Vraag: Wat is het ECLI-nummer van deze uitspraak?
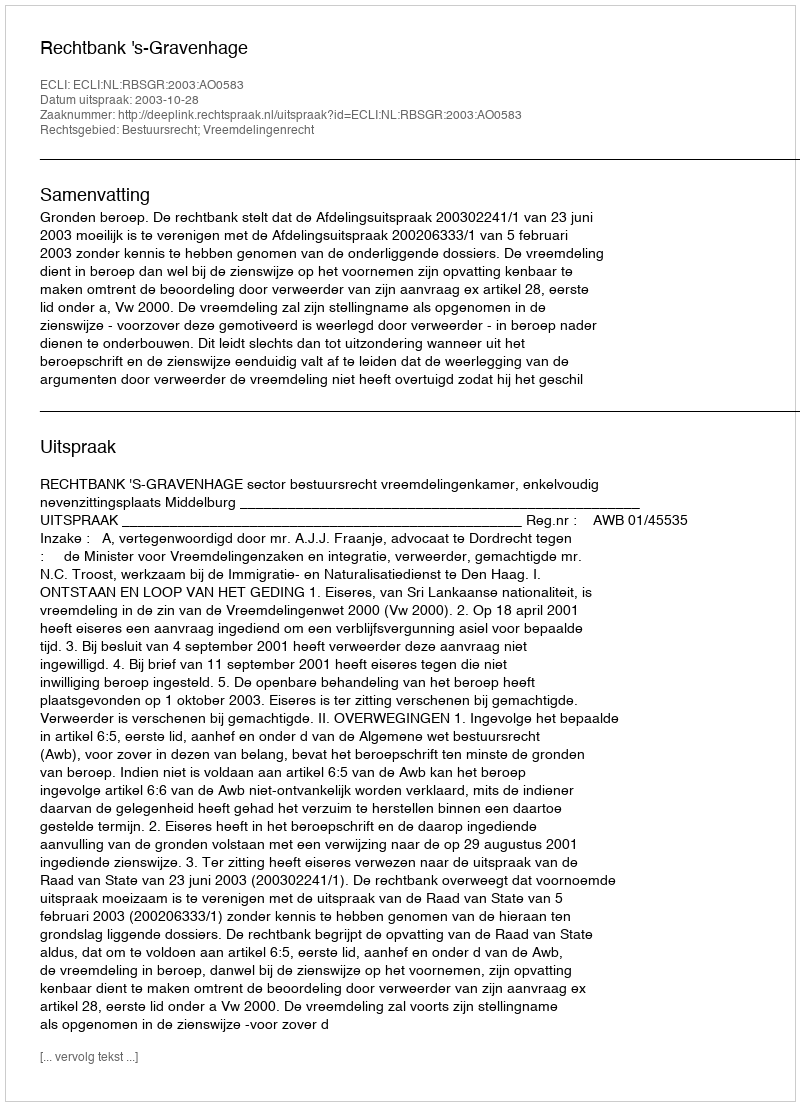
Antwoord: ECLI:NL:RBSGR:2003:AO0583